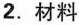
2.材料